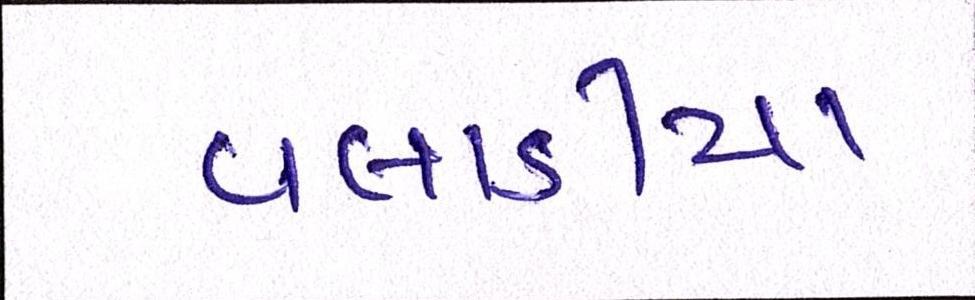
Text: વલાડીયા